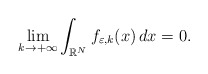
\begin{align*} \lim_{k\to+\infty}\int_{\mathbb{R}^{N}}f_{\varepsilon,k}(x)\,dx= 0. \end{align*}